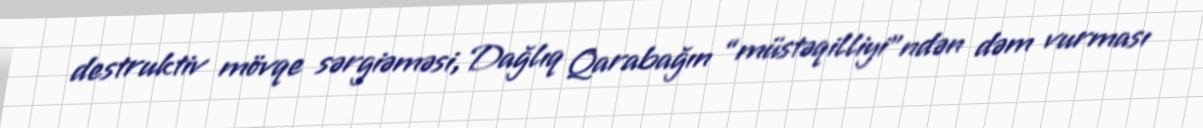
destruktiv mövqe sərgiəməsi, Dağlıq Qarabağın “müstəqilliyi”ndən dəm vurması